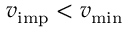
v _ { \mathrm { i m p } } < v _ { \mathrm { m i n } }